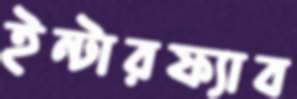
ইন্টারফ্যাব